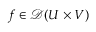
f \in { \mathcal { D } } ( U \times V )